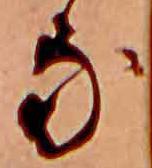
な